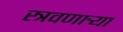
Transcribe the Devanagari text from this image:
स्त्रवणार्‍या